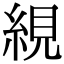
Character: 絸